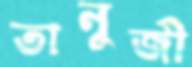
তানুজী